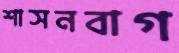
শাসনবাগ